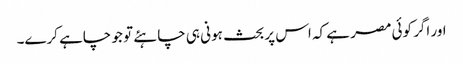
اور اگر کوئی مصر ہے کہ اس پر بحث ہونی ہی چاہئے تو جو چاہے کرے۔